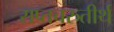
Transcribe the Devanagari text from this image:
सप्तचरुतीर्थ